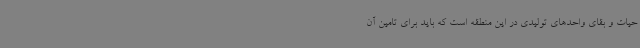
حیات و بقای واحدهای تولیدی در این منطقه است که باید برای تامین آن